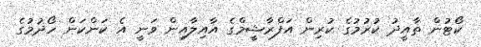
ކޯޓުން ތާއީދު ކުރުމުގެ ކުރިން އަފްރާޝީމްގެ އާއިލާއިން ވަނީ އެ ކަންކަން ހޯދުމުގެ